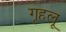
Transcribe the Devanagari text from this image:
गृहलू